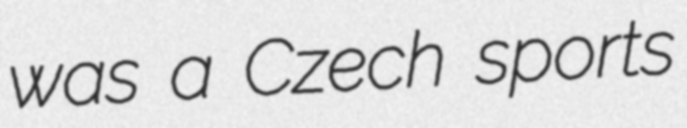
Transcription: was a Czech sports